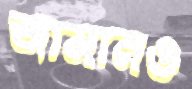
জামানও